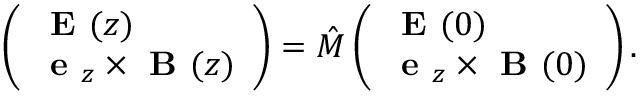
\left( \begin{array} { l } { \textbf { E } ( z ) } \\ { \textbf { e } _ { z } \times \textbf { B } ( z ) } \end{array} \right) = \hat { M } \left( \begin{array} { l } { \textbf { E } ( 0 ) } \\ { \textbf { e } _ { z } \times \textbf { B } ( 0 ) } \end{array} \right) .